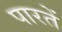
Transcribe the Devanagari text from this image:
पारतें